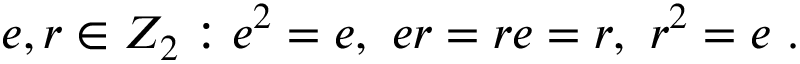
e , r \in Z _ { 2 } : e ^ { 2 } = e , ~ e r = r e = r , ~ r ^ { 2 } = e ~ .